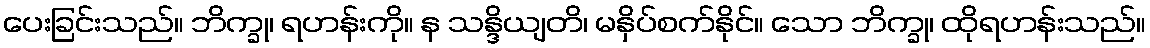
ပေးခြင်းသည်။ ဘိက္ခု၊ ရဟန်းကို။ န သန္ဒိယျတိ၊ မနှိပ်စက်နိုင်။ သော ဘိက္ခု၊ ထိုရဟန်းသည်။